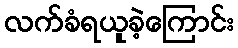
လက်ခံရယူခဲ့ကြောင်း